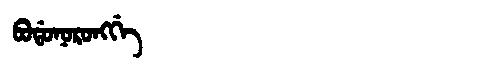
Manchu: ᠪᠣᡩᠣᠨᠣᡵᠣᠩᡤᡝ
Romanization: BODONORONGGE